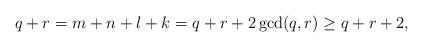
LaTeX: \begin{align*}q+r=m+n+l+k=q+r+2\gcd(q,r)\geq q+r+2,\end{align*}